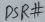
Text: DSR#